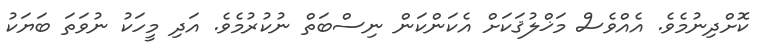
ކޮށްދިނުމެވެ. އެއްވެސް މަޚްލުޤަކަށް އެކަންކަން ނިސްބަތް ނުކުރުމެވެ. އަދި މީހަކު ނުވަތަ ބަޔަކު